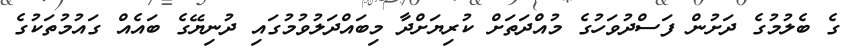
ގެ ބެލުމުގެ ދަށުން ފަސްދުވަހުގެ މުއްދަތަށް ކުރިޔަށްދާ މިބައްދަލުވުމުގައި ދުނިޔޭގެ ބައެއް ގައުމުތަކުގެ